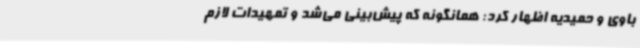
باوی و حمیدیه اظهار کرد: همانگونه که پیش‌بینی می‌شد و تمهیدات لازم